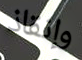
وإنقاذ